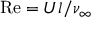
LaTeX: \mathrm { R e } = U l / \nu _ { \infty }